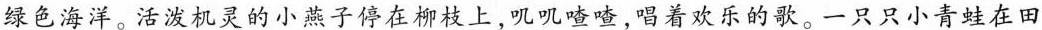
绿色海洋。活泼机灵的小燕子停在柳枝上，叽叽喳喳，唱着欢乐的歌。一只只小青蛙在田